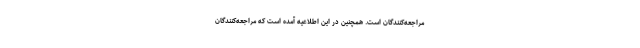
مراجعه‌کنندگان است. همچنین در این اطلاعیه آمده است که مراجعه‌کنندگان